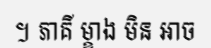
។ ភាគី ម្ខាង មិន អាច